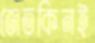
জেতকিনই